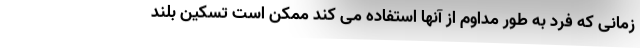
زمانی که فرد به طور مداوم از آنها استفاده می کند ممکن است تسکین بلند